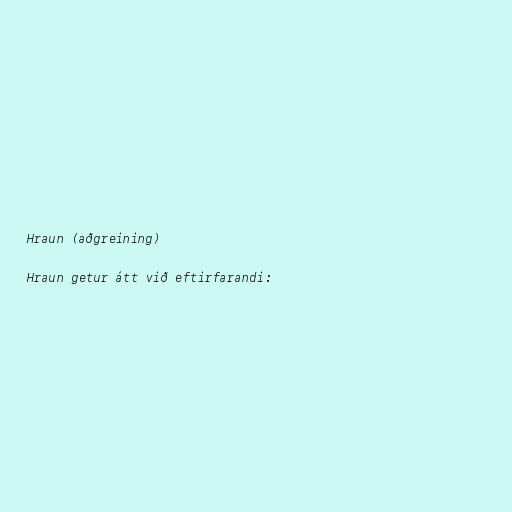
Hraun (aðgreining)

Hraun getur átt við eftirfarandi: